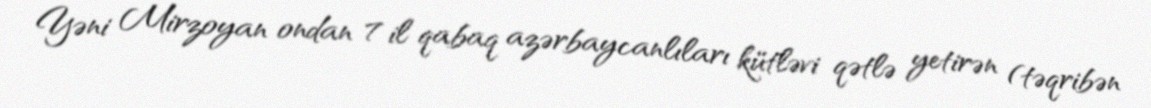
Yəni Mirzoyan ondan 7 il qabaq azərbaycanlıları kütləvi qətlə yetirən (təqribən